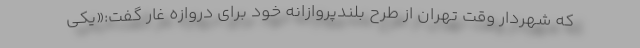
كه شهردار وقت تهران از طرح بلندپروازانه خود براي دروازه غار گفت:«يكي